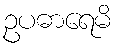
ဥပဓာရေမိ